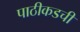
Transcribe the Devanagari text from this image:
पाठीकडची